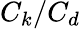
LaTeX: C_{k}/C_{d}